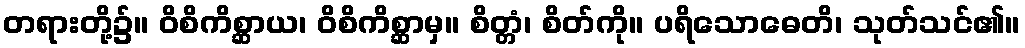
တရားတို့၌။ ဝိစိကိစ္ဆာယ၊ ဝိစိကိစ္ဆာမှ။ စိတ္တံ၊ စိတ်ကို။ ပရိသောဓေတိ၊ သုတ်သင်၏။